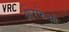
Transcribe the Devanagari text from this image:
ओरफेओ